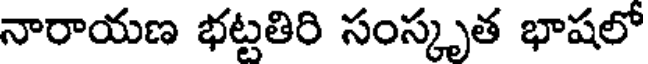
నారాయణ భట్టతిరి సంస్కృత భాషలో